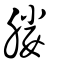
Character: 媵